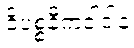
ဝိပစ္စနီကဝါဒါနံ